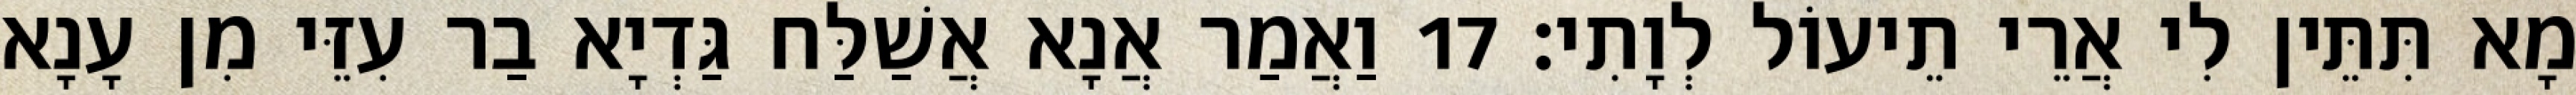
מָא תִּתֵּין לִי אֲרֵי תֵיעוֹל לְוָתִי׃ 17 וַאֲמַר אֲנָא אֲשַׁלַּח גַּדְיָא בַר עִזֵּי מִן עָנָא